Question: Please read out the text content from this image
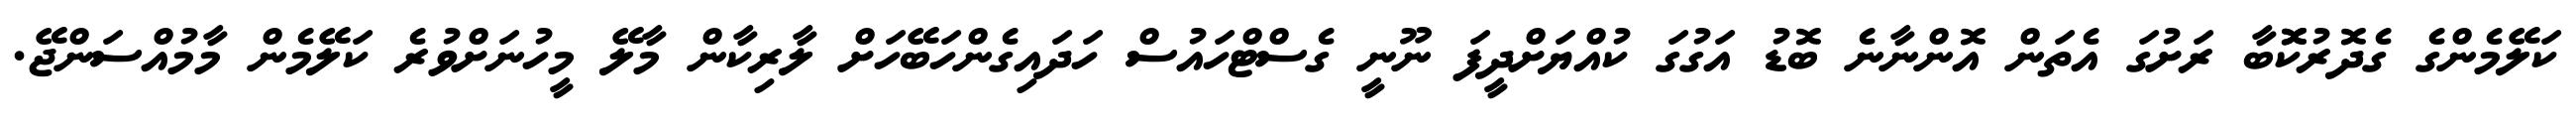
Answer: ކަލޭމެންގެ ގެދޮރުކޮޮބާ ރަށުގަ އެތަން އޮންނާނެ ބޮޑު އަގުގަ ކުއްޔަށްދީފަ ނޫނީ ގެސްޓްހައުސް ހަދައިގެންހަބޭހަށް ލާރިކާން މާލޭ މީހުނަށްވުރެ ކަލޭމެން މާމުއްސަންޖޭ.